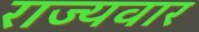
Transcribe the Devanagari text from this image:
राज्‍यवार